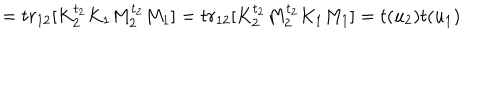
LaTeX: = t r _ { 1 2 } [ K _ { 2 } ^ { t _ { 2 } } K _ { 1 } M _ { 2 } ^ { t _ { 2 } } M _ { 1 } ] = t r _ { 1 2 } [ K _ { 2 } ^ { t _ { 2 } } M _ { 2 } ^ { t _ { 2 } } K _ { 1 } M _ { 1 } ] = t ( u _ { 2 } ) t ( u _ { 1 } )